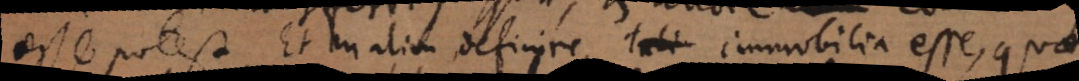
esse potest. Et malim definire, tali immobilia esse, qua